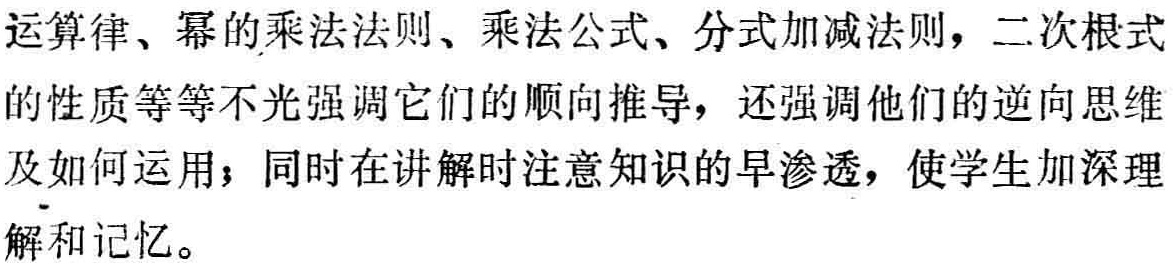
运算律、幂的乘法法则、乘法公式、分式加减法则，二次根式的性质等等不光强调它们的顺向推导，还强调他们的逆向思维及如何运用；同时在讲解时注意知识的早渗透，使学生加深理解和记忆。